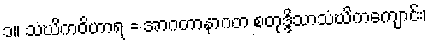
၁။ သံဃိကဝိဟာရ = အာဂတာနာဂတ စတုဒ္ဒိသာသံဃိကကျောင်း၊